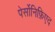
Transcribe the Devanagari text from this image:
पेर्सोनिफ़िएद